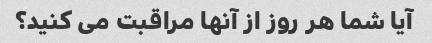
آیا شما هر روز از آنها مراقبت می کنید؟